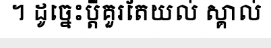
។ ដូច្នេះប្តីគួរតែយល់ ស្គាល់